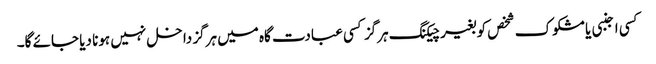
کسی اجنبی یا مشکوک شخص کو بغیر چیکنگ ہرگز کسی عبادت گاہ میں ہرگز داخل نہیں ہونا دیا جائے گا۔